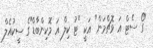
"ގޯ ސެޓް އަ ވޮޗްމަން" އަކީ "ޓު ކިލް އަ މޮކިންބާޑް"ގެ ސީކުއެލް